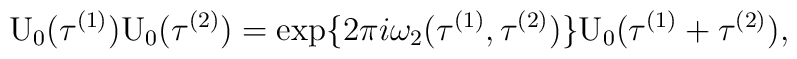
{\rm U}_0({\tau}^{(1)}) {\rm U}_0({\tau}^{(2)}) =\exp\{ 2\pi i {\omega}_{2}({\tau}^{(1)}, {\tau}^{(2)})\}{\rm U}_{0}( {\tau}^{(1)} + {\tau}^{(2)} ) ,